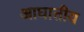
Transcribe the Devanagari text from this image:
आघातीय